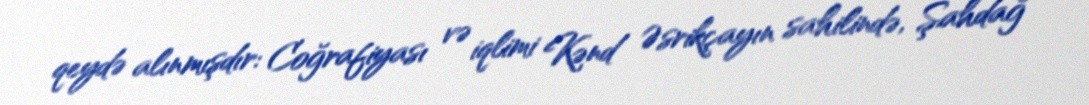
qeydə alınmışdır: Coğrafiyası və iqlimi Kənd Əsrikçayın sahilində, Şahdağ